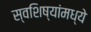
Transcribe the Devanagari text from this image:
स्वशिष्यांमध्ये